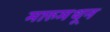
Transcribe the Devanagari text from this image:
मारुमधून